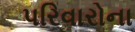
પરિવારોના